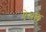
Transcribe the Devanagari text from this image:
ऐसले